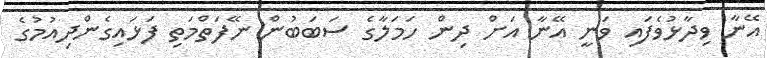
އޭނާ ވިދާޅުވެފައި ވަނީ އޭނާ އަށް ދިން ހަމަލާގެ ސަބަބުން ނޭފަތްމަތި ފަޅައިގެންދިއުމުގެ